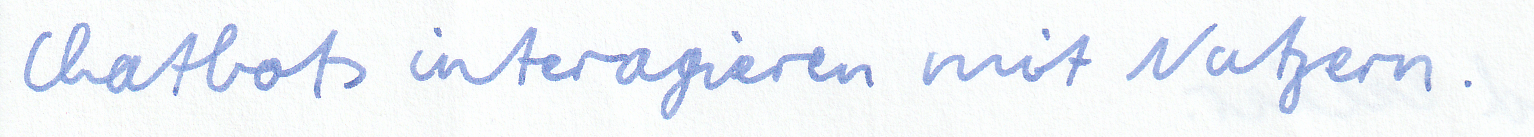
Chatbots interagieren mit Nutzern.